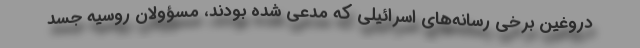
دروغین برخی رسانه‌های اسرائیلی که مدعی شده بودند، مسؤولان روسیه جسد